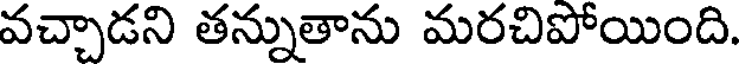
వచ్చాడని తన్నుతాను మరచిపోయింది.